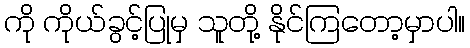
ကို ကိုယ်ခွင့်ပြုမှ သူတို့ နိုင်ကြတော့မှာပါ။